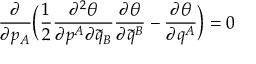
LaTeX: \frac { \partial } { \partial p _ { A } } \bigg ( \frac { 1 } { 2 } \frac { \partial ^ { 2 } \theta } { \partial p ^ { A } \partial \tilde { q } _ { B } } \frac { \partial \theta } { \partial \tilde { q } ^ { B } } - \frac { \partial \theta } { \partial q ^ { A } } \bigg ) = 0